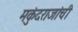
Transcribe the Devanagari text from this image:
मकुंदराजांची